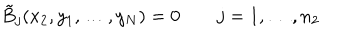
LaTeX: \tilde { B } _ { j } ( x _ { 2 } , y _ { 1 } , \ldots , y _ { N } ) = 0 j = 1 , \ldots , n _ { 2 }